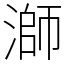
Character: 溮